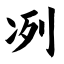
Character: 冽